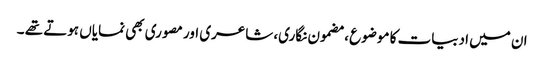
ان میں ادبیات کا موضوع ، مضمون نگاری، شاعری اور مصوری بھی نمایاں ہوتے تھے ۔